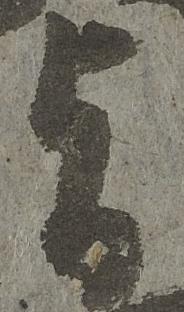
旨